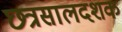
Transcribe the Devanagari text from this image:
छत्रसालदशक